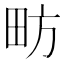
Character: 𱰫